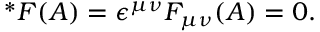
\ ^ { * } F ( A ) = \epsilon ^ { \mu \nu } F _ { \mu \nu } ( A ) = 0 .